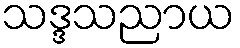
သဒ္ဒသညာယ